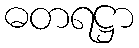
ဓတရဋ္ဌာ